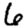
Digit: 6